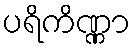
ပရိကိဏ္ဏာ